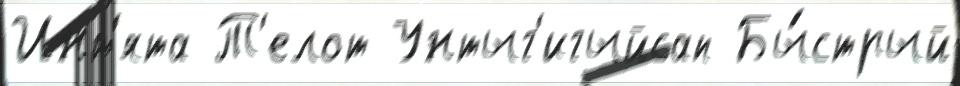
Инт'ята Т'елот Унтыг'игыйсап Бы́стрый